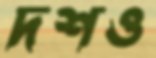
দশও